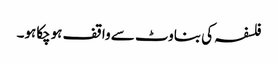
فلسفہ کی بناوٹ سے واقف ہوچکاہو۔